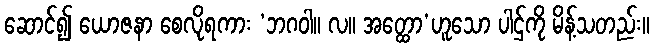
ဆောင်၍ ယောဇနာ စေလိုရကား ‘ဘဂဝါ။ လ။ အတ္ထော’ဟူသော ပါဌ်ကို မိန့်သတည်း။